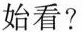
始看?